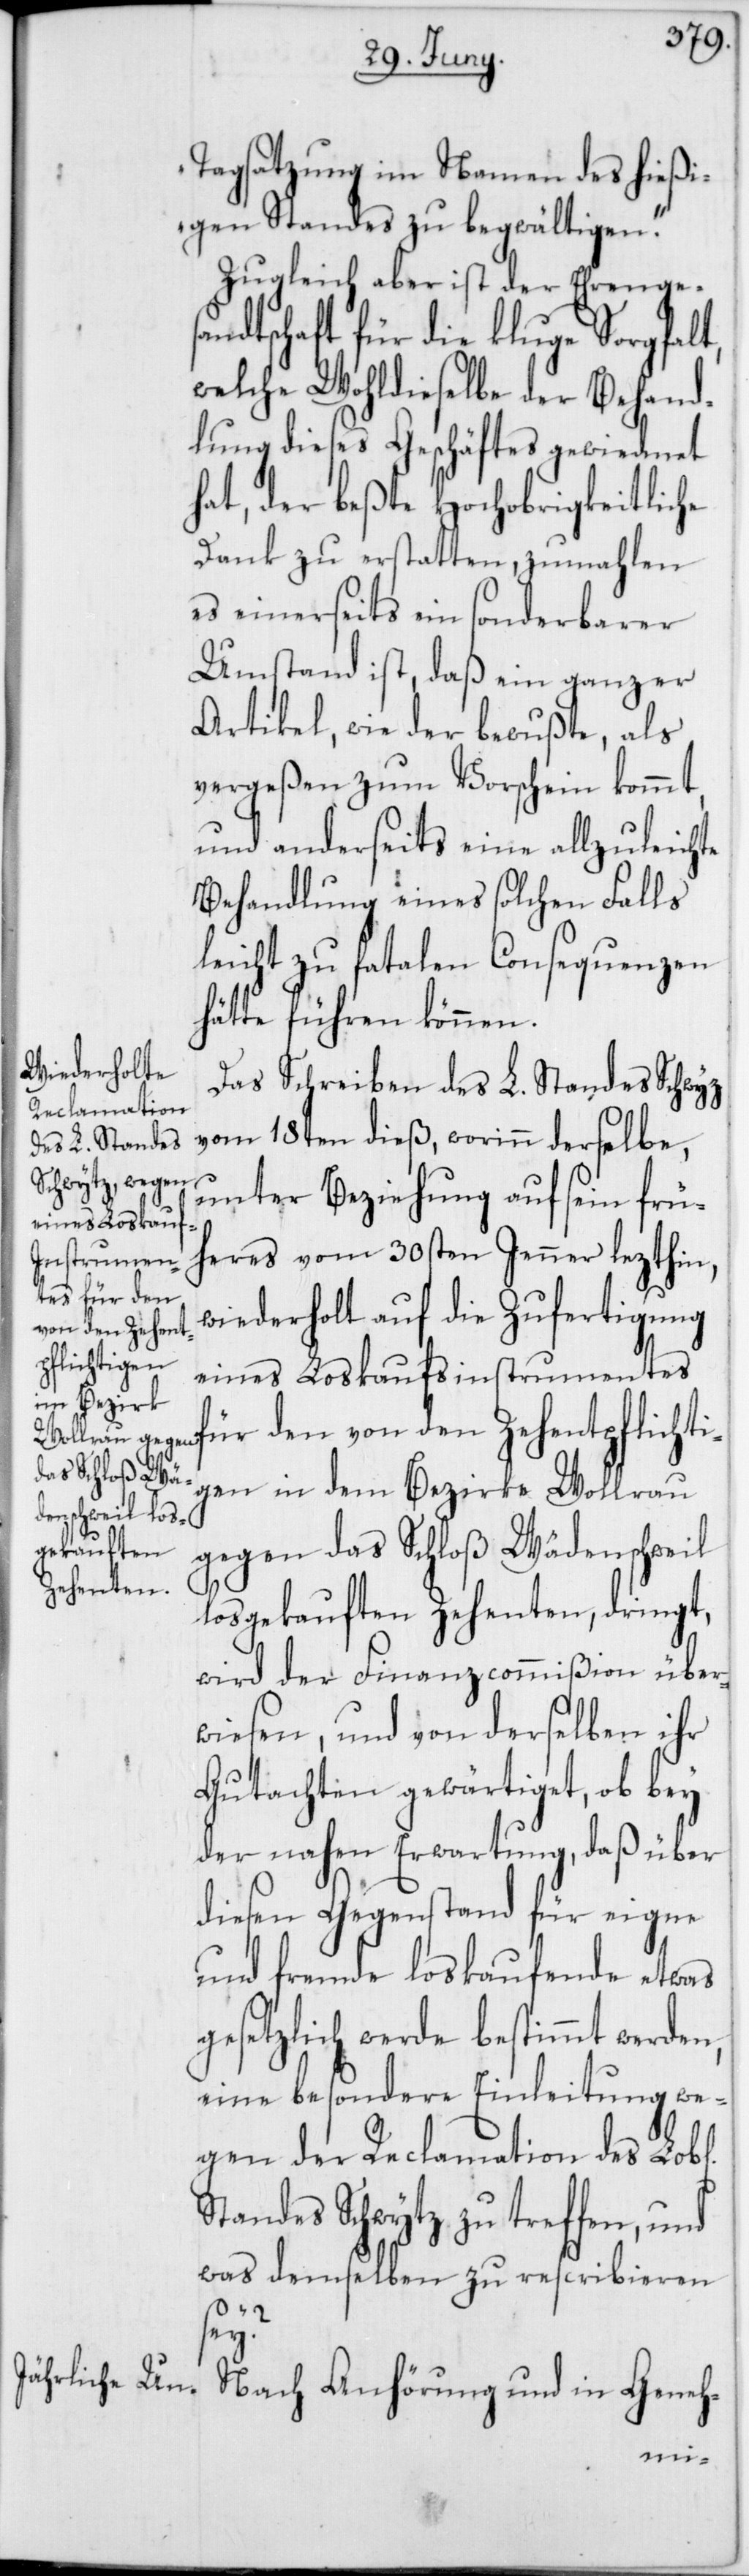
Tagsatzung im Namen des hießi¬
gen Standes zu begwältigen.“
Zugleich aber ist der Ehrenges¬
andtschaft für die kluge Sorgfalt,
welche Wohldieselbe der Behand¬
lung dieses Geschäftes gewiedmet
hat, der beßte Hochobrigkeitliche
Dank zu erstatten, zumahlen
es einerseits ein sonderbarer
Umstand ist, daß ein ganzer
Artikel, wie der bewußte, als
vergeßen zum Vorschein kommt,
und anderseits eine allzuleichte
Behandlung eines solchen Falls
leicht zu fatalen Consequenzen
hätte führen können.
Das Schreiben des L. Standes Schwyz
vom 18ten dieß, worinn derselbe,
unter Beziehung auf sein frü¬
heres vom 30sten Jenner lezthin,
wiederholt auf die Zufertigung
eines Loskaufsinstrumentes
für den von den Zehentpflichti¬
gen in dem Bezirke Wollrau
gegen das Schloß Wädenschweil
losgekauften Zehenten, dringt,
wird der Finanzcommißion über¬
wiesen, und von derselben ihr
Gutachten gewärtiget, ob bey
der nahen Erwartung, daß über
diesen Gegenstand für eigne
und fremde Loskaufende etwas
gesetzlich werde bestimmt werden,
eine besondere Einleitung we¬
gen der Reclamation des Lob[l¬
Standes Schwytz zu treffen, und
was demselben zu rescribieren
sey?
Nach Anhörung und in Geneh-